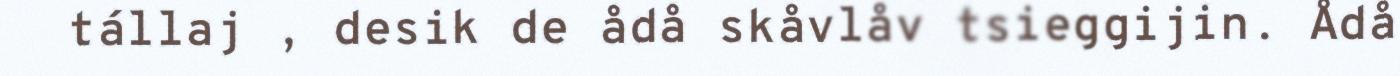
tállaj , desik de ådå skåvlåv tsieggijin. Ådå